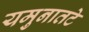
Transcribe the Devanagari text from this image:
यमुनातटे